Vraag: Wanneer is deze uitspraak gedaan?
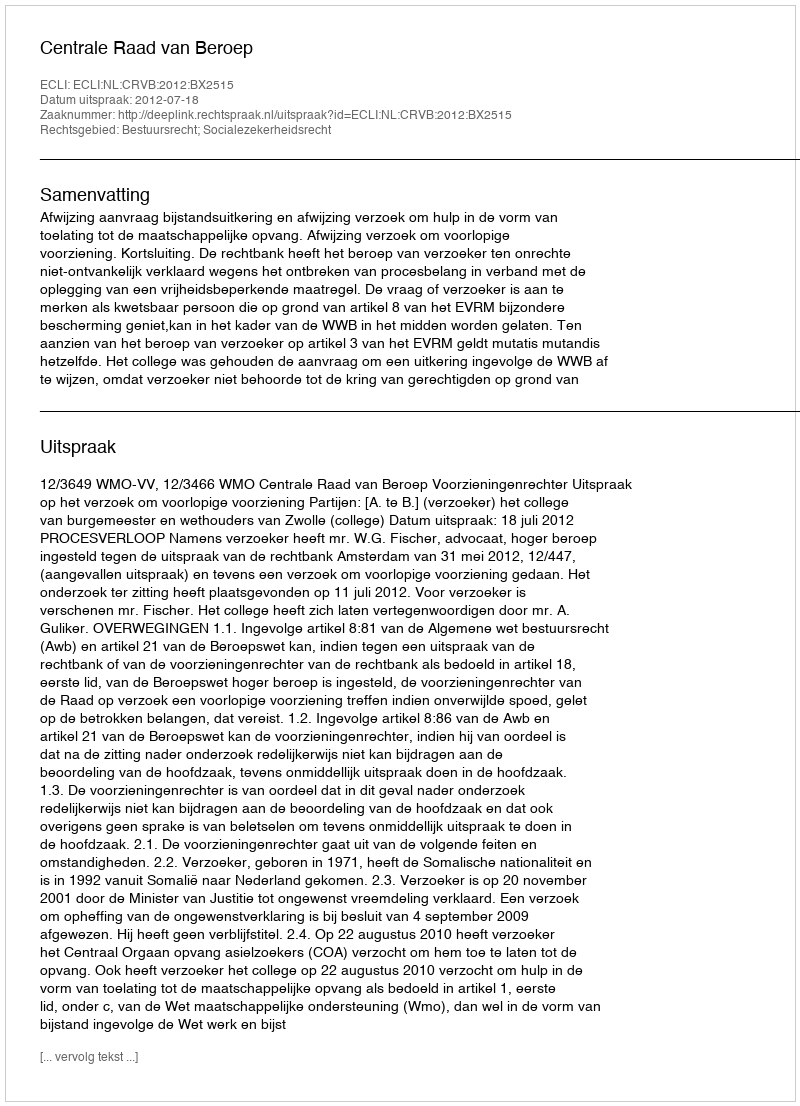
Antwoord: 2012-07-18